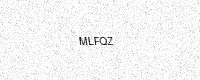
Text: MLFQZ